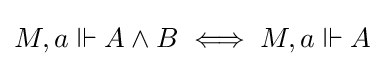
M,a\Vdash A\land B\iff M,a\Vdash A